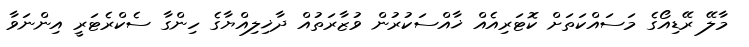
މާލޭ ރޭޑިއޯގެ މަސައްކަތަށް ކޮޓަރިއެއް ޚާއްސަކުރުން ވުޒާރަތުއް ދާޚިލިއްޔާގެ ހިންގާ ސެކްރެޓަރީ އިންނަވާ